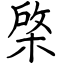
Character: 棨